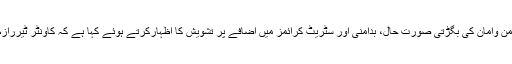
لاہور (جی پی آئی) شیعہ علما کونسل پنجاب نے صوبے میں امن وامان کی بگڑتی صورت حال، بدامنی اور سٹریٹ کرائمز میں اضافے پر تشویش کا اظہارکرتے ہوئے کہا ہے کہ کاونٹر ٹیررازم ڈیپارٹمنٹ اپنی آئینی اور قانونی حدود سے تجاوز کررہا ہے۔